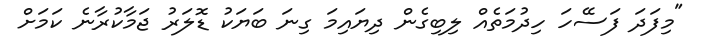
"މިފަދަ ފަސޭހަ ހިދުމަތެއް ލިބިގެން ދިޔައިމަ ގިނަ ބަޔަކު ޑޮލަރު ޖަމާކުރާނެ ކަމަށް